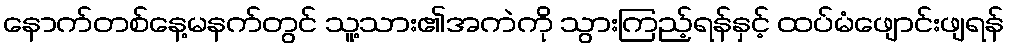
နောက်တစ်နေ့မနက်တွင် သူ့သား၏အကဲကို သွားကြည့်ရန်နှင့် ထပ်မံဖျောင်းဖျရန်